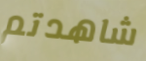
شاهدتم